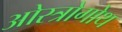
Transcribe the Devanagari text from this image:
ओस्त्रोगोथ